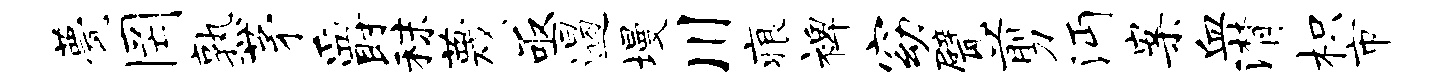
甍罔熟茅爵秣蔑亟遏墁川痕裨窈甓剪沔案血潸枳市